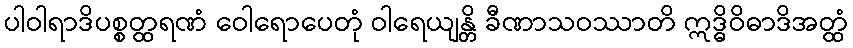
ပါဝါရာဒိပစ္စတ္ထရဏံ ဝေါရောပေတုံ ဝါရေယျန္တိ ခီဏာသဝဿာတိ ဣဒ္ဓိဝိဓာဒိအတ္ထံ